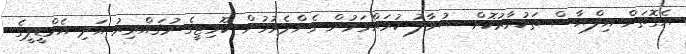
އެގޮތަށް އިލްޔާސް ތަކުރާރުކޮށް ސުވާލު ކުރައްވަމުން ގެންދެވުމުން ކޮމިޓީގެ މުޤައްރިރު އަދި އެމްޑީޕީގެ